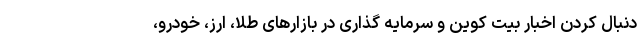
دنبال کردن اخبار بیت کوین و سرمایه گذاری در بازارهای طلا، ارز، خودرو،